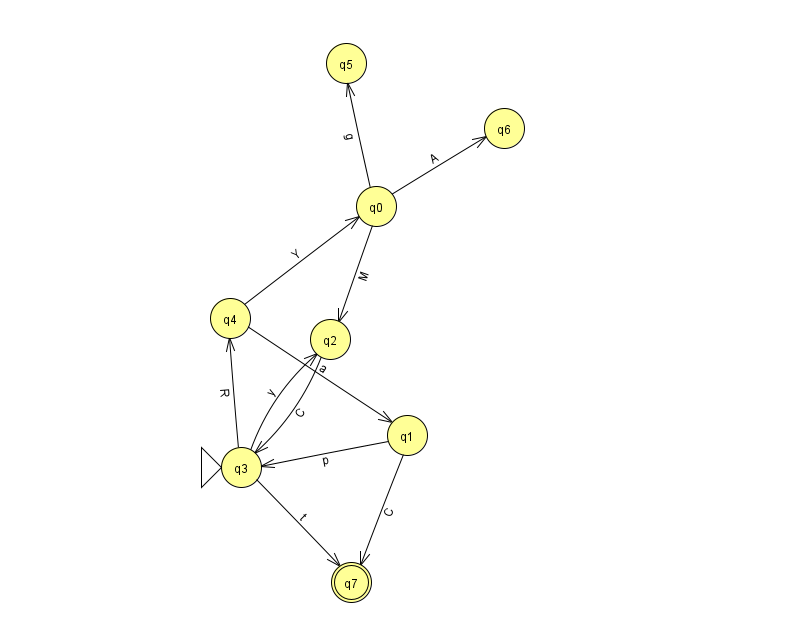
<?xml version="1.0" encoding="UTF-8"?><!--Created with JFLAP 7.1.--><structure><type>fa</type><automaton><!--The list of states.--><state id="0" name="q0"><x>376.0</x><y>193.0</y></state><state id="1" name="q1"><x>407.0</x><y>422.0</y></state><state id="2" name="q2"><x>330.0</x><y>326.0</y></state><state id="3" name="q3"><x>241.0</x><y>454.0</y><initial/></state><state id="4" name="q4"><x>230.0</x><y>305.0</y></state><state id="5" name="q5"><x>346.0</x><y>50.0</y></state><state id="6" name="q6"><x>504.0</x><y>115.0</y></state><state id="7" name="q7"><x>351.0</x><y>569.0</y><final/></state><!--The list of transitions.--><transition><from>0</from><to>2</to><read>M</read></transition><transition><from>0</from><to>5</to><read>g</read></transition><transition><from>0</from><to>6</to><read>A</read></transition><transition><from>4</from><to>0</to><read>Y</read></transition><transition><from>1</from><to>7</to><read>C</read></transition><transition><from>3</from><to>2</to><read>y</read></transition><transition><from>4</from><to>1</to><read>a</read></transition><transition><from>3</from><to>4</to><read>R</read></transition><transition><from>1</from><to>3</to><read>p</read></transition><transition><from>2</from><to>3</to><read>C</read></transition><transition><from>3</from><to>7</to><read>t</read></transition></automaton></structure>